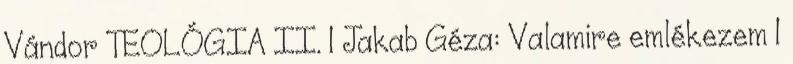
Vándor TEOLÓGIA II. 1 Jakab Géza: Valamire emlékezem 1